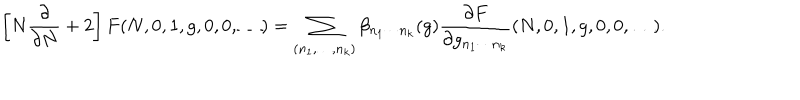
\left[ N \frac { \partial } { \partial N } + 2 \right] F ( N , 0 , 1 , g , 0 , 0 , \ldots ) = \sum _ { ( n _ { 1 } , \ldots , n _ { k } ) } \beta _ { n _ { 1 } \cdots n _ { k } } ( g ) \frac { \partial F } { \partial g _ { n _ { 1 } \cdots n _ { k } } } ( N , 0 , 1 , g , 0 , 0 , \ldots ) .